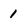
Character: 1